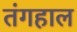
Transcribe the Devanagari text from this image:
तंगहाल